Lunatic asylums in Bengal annual reports 1888-1898 - 1888-1898
Year: 1888
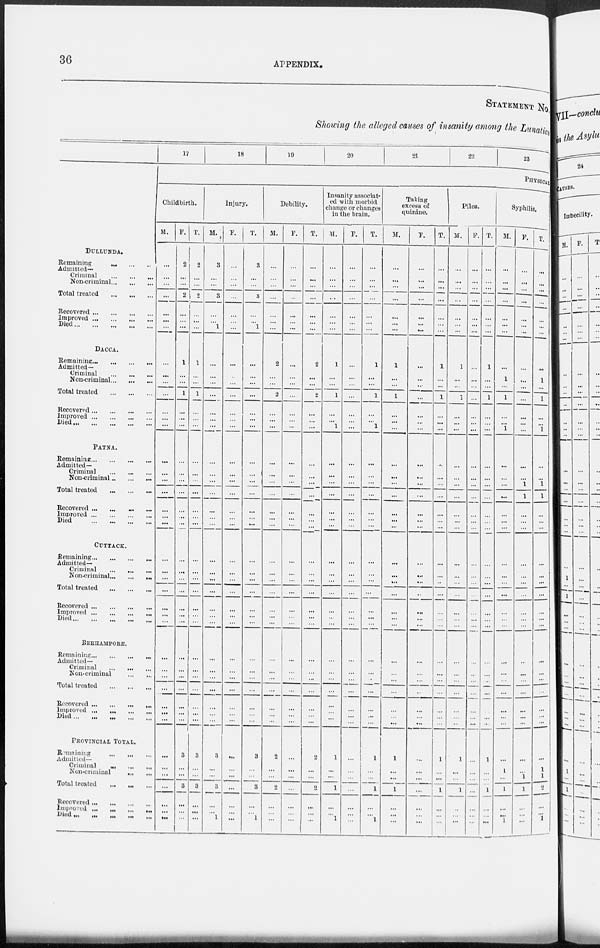
36
APPENDIX.
STATEMENT No.
Showing the alleged causes of insanity among the Lunatics
DULLUNDA.
Remaining
...
...
...
Admitted—
Criminal
...
...
...
Non-criminal ... ... ...
Total treated
...
...
...
Recovered ... ... ... ...
Improved
...
...
...
...
Died
...
...
...
...
...
DACCA.
Remaining
...
...
...
...
Admitted—
Criminal
...
...
...
Non-criminal ... ... ...
Total treated
...
...
...
Recovered
...
...
...
...
Improved
...
...
...
...
Died ... ... ... ... ...
PATNA.
Remaining ... ... ... ...
Admitted—
Criminal ... ... ... ...
Non-criminal ... ... ...
Total treated
...
...
...
Recovered ... ... ... ...
Improved
...
...
...
...
Died
...
...
...
...
CUTTACK.
Remaining
...
...
...
...
Admitted—
Criminal
...
... ...
Non-criminal ... ... ...
Total treated
...
...
...
Recovered ... ... ... ...
Improved
...
...
...
...
Died
...
...
...
...
...
BERHAMPORE.
Remaining ... ... ... ...
Admitted—
Criminal
...
...
...
Non-criminal
...
...
Total treated ... ... ..
Recovered
...
...
...
...
Improved ...
...
...
...
Died
...
...
...
...
...
PROVINCIAL TOTAL.
Remaining
...
...
...
Admitted—
Criminal
... ... ...
Non-criminal
...
...
Total treated ... ... ...
Recovered ... ... ... ...
Improved
...
...
...
...
Died ...
...
... ...
17
18
19
20
21
22
23
PHYSICAL
Childbirth.
M.
...
...
...
...
...
...
...
...
...
...
...
...
...
...
...
...
...
...
...
...
...
...
...
...
...
...
...
...
...
...
...
...
...
...
...
...
...
...
...
...
...
...
F.
2
...
...
2
...
...
...
1
...
...
1
...
...
...
...
...
...
...
...
...
...
...
...
...
...
...
...
...
...
...
...
...
...
...
...
3
...
...
3
...
...
...
T.
2
...
...
2
...
...
...
1
...
...
1
...
...
...
...
...
...
...
...
...
...
...
...
...
...
...
...
...
...
...
...
...
...
...
...
3
...
...
3
...
...
...
Injury.
M.
3
...
...
3
...
...
1
...
...
...
...
...
...
...
...
...
...
...
...
...
...
...
...
...
...
...
...
...
...
...
...
...
...
...
...
3
...
...
3
...
...
1
F.
...
...
...
...
...
...
...
...
...
...
...
...
...
...
...
...
...
...
...
...
...
...
...
...
...
...
...
...
...
...
...
...
...
...
...
...
...
...
...
...
...
...
T.
3
...
...
3
...
...
l
...
...
...
...
...
...
...
...
...
...
...
...
...
...
...
...
...
...
...
...
...
...
...
...
...
...
...
...
3
...
3
...
...
1
Debility.
M.
...
...
...
...
...
...
...
2
...
...
2
...
...
...
...
...
...
...
...
...
...
...
...
...
...
...
...
...
...
...
...
...
...
...
...
2
...
...
2
...
...
...
F.
...
...
...
...
...
...
...
...
...
...
...
...
...
...
...
...
...
...
...
...
...
...
...
...
...
...
...
...
...
...
...
...
...
...
...
...
...
...
...
...
...
...
T.
...
...
...
...
...
...
...
2
...
...
2
...
...
...
...
...
...
...
...
...
...
...
...
...
...
...
...
...
...
...
...
...
...
...
...
2
...
...
2
...
...
...
Insanity associat-
ed with morbid
change or changes
in the brain.
M.
...
...
...
...
...
...
...
1
...
...
1
...
...
1
...
...
...
...
...
...
...
...
...
...
...
...
... ...
...
...
...
...
...
...
...
1
...
...
1
...
...
1
F.
...
...
...
...
...
...
...
...
...
...
...
...
...
...
...
...
...
...
...
...
...
...
...
...
...
...
...
...
...
...
...
...
...
...
...
...
...
...
...
...
...
...
T.
...
...
...
...
...
...
...
1
...
...
1
...
...
1
...
...
...
...
...
...
...
...
...
...
...
...
...
...
...
...
...
...
...
...
...
1
...
...
1
...
...
1
Taking
excess of
quinine.
M.
...
...
...
...
...
...
...
1
...
...
1
...
...
...
...
...
...
...
...
...
...
...
...
...
...
...
...
...
...
...
...
...
...
...
...
1
...
...
1
...
...
...
F.
...
...
...
...
...
...
...
...
...
...
...
...
...
...
...
...
...
...
...
...
...
...
...
...
...
...
...
...
...
...
...
...
...
...
...
...
...
...
...
...
...
...
T.
...
...
...
...
...
...
...
1
...
...
1
...
...
...
...
...
...
...
...
...
...
...
...
...
...
...
...
...
...
...
...
...
...
...
...
1
...
...
1
...
...
...
Piles.
M.
...
...
...
...
...
...
...
1
...
...
1
...
...
...
...
...
...
...
...
...
...
...
...
...
...
...
...
...
...
...
...
...
...
...
...
1
...
...
1
...
...
...
F.
...
...
...
...
...
...
...
...
...
...
...
...
...
...
...
...
...
...
...
...
...
...
...
...
...
...
...
...
...
...
...
...
...
...
...
...
...
...
...
...
...
...
T.
...
...
...
...
...
...
...
1
...
...
1
...
...
...
...
...
...
...
...
...
...
...
...
...
...
...
...
...
...
...
...
...
...
...
......
1
...
...
1
...
...
...
Syphilis.
M.
...
...
...
...
...
...
...
...
1
...
1
...
...
1
...
...
...
...
...
...
...
...
...
...
...
...
...
...
...
...
...
...
...
...
...
...
1
...
1
...
...
1
F.
...
...
...
...
...
...
...
...
...
...
...
...
...
...
...
...
1
1
...
...
...
...
...
...
...
...
...
...
...
...
...
...
...
...
...
...
...
1
1
...
...
...
T.
...
...
...
...
...
...
...
...
1
...
1
...
...
1
...
...
1
1
...
...
...
...
...
...
...
...
...
...
...
...
...
...
...
...
...
...
l
1
2
...
...
1